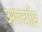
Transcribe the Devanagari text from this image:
अपर्य़ाप्त